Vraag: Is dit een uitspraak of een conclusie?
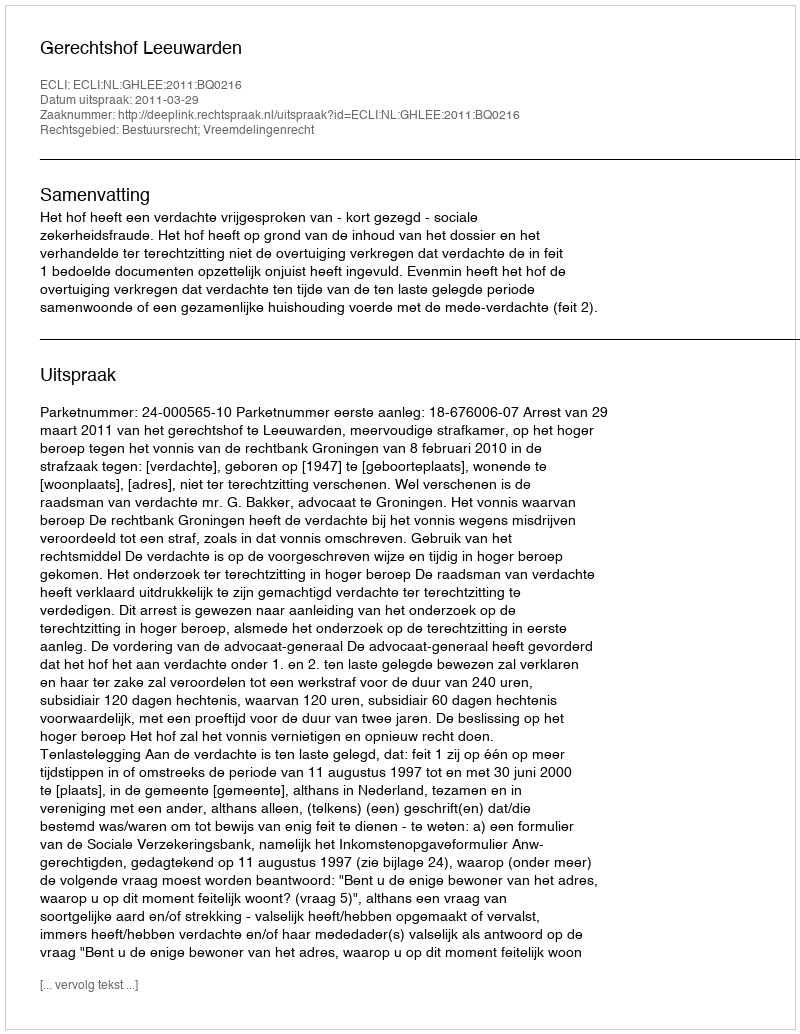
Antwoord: Uitspraak